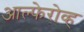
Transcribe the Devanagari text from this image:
आल्फेरोव्ह